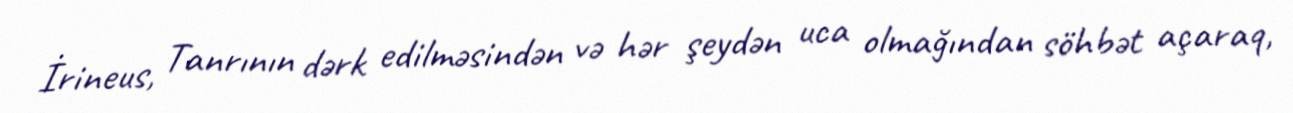
İrineus, Tanrının dərk edilməsindən və hər şeydən uca olmağından söhbət açaraq,